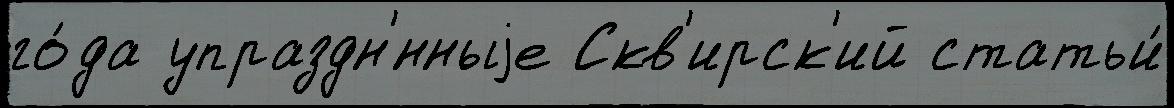
го́да упраздн'́нныjе Скв'ирск'ий статьи́